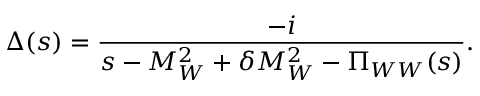
\Delta ( s ) = { \frac { - i } { s - M _ { W } ^ { 2 } + \delta M _ { W } ^ { 2 } - \Pi _ { W W } ( s ) } } .